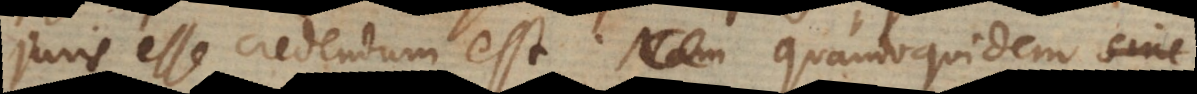
juris esse credendum est. Nam Quandoquidem sine